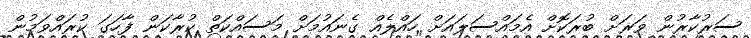
ސަރުކާރުން ވަރަށް ބުރަކޮށް އެމައްސަލައަށް ހައްލެއް ގެނައުމަށް މަސައްކަތް ކުރާކަން ފާހަގަ ކުރައްވަމުން